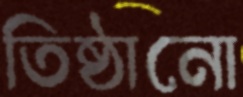
তিষ্ঠানো